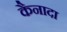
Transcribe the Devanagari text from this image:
कैनादा